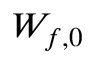
W _ { f , 0 }